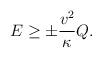
LaTeX: \begin{align*}E \ge \pm \frac{v^2}{\kappa} Q.\end{align*}